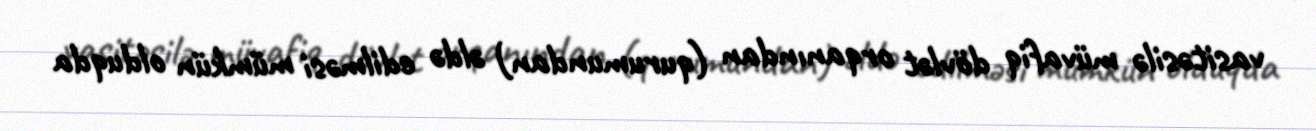
vasitəsilə müvafiq dövlət orqanından (qurumundan) əldə edilməsi mümkün olduqda